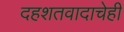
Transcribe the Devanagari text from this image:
दहशतवादाचेही